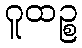
ဂူထဉ္စ